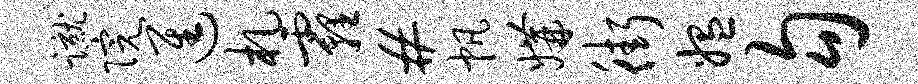
蹴院进札霾#帆媾街媪勾